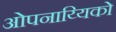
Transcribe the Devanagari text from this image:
ओपनाय्यिको